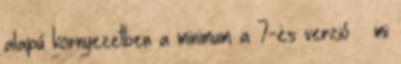
alapú környezetben a minimum a 7-es verzió – mi